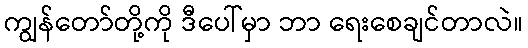
ကျွန်တော်တို့ကို ဒီပေါ်မှာ ဘာ ရေးစေချင်တာလဲ။